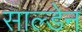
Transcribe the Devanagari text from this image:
साल्डेन